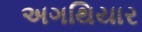
અગથિયાર